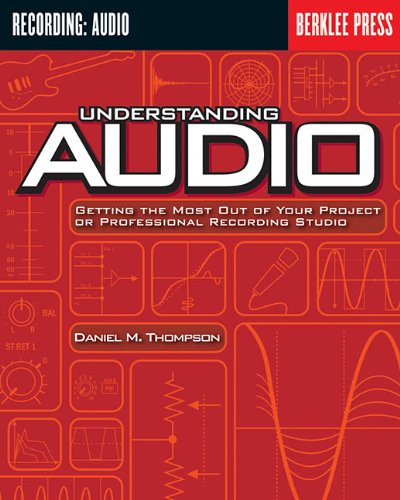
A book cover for Understanding Audio: Getting the Most Out of Your Project or Professional Recording Studio; Daniel M. Thompson; Arts & Photography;